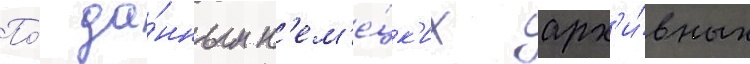
По́ да́нным н'ем'е́цк'их арх'и́вных